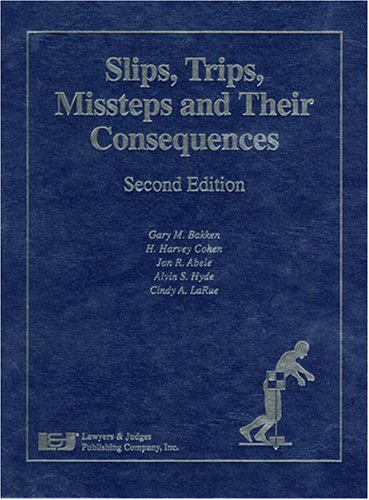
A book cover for Slips Trips Missteps and Their Consequences, Second Edition; Jon R. Abele; Law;